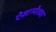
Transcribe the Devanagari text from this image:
ऐसान्येश्वर